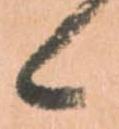
候